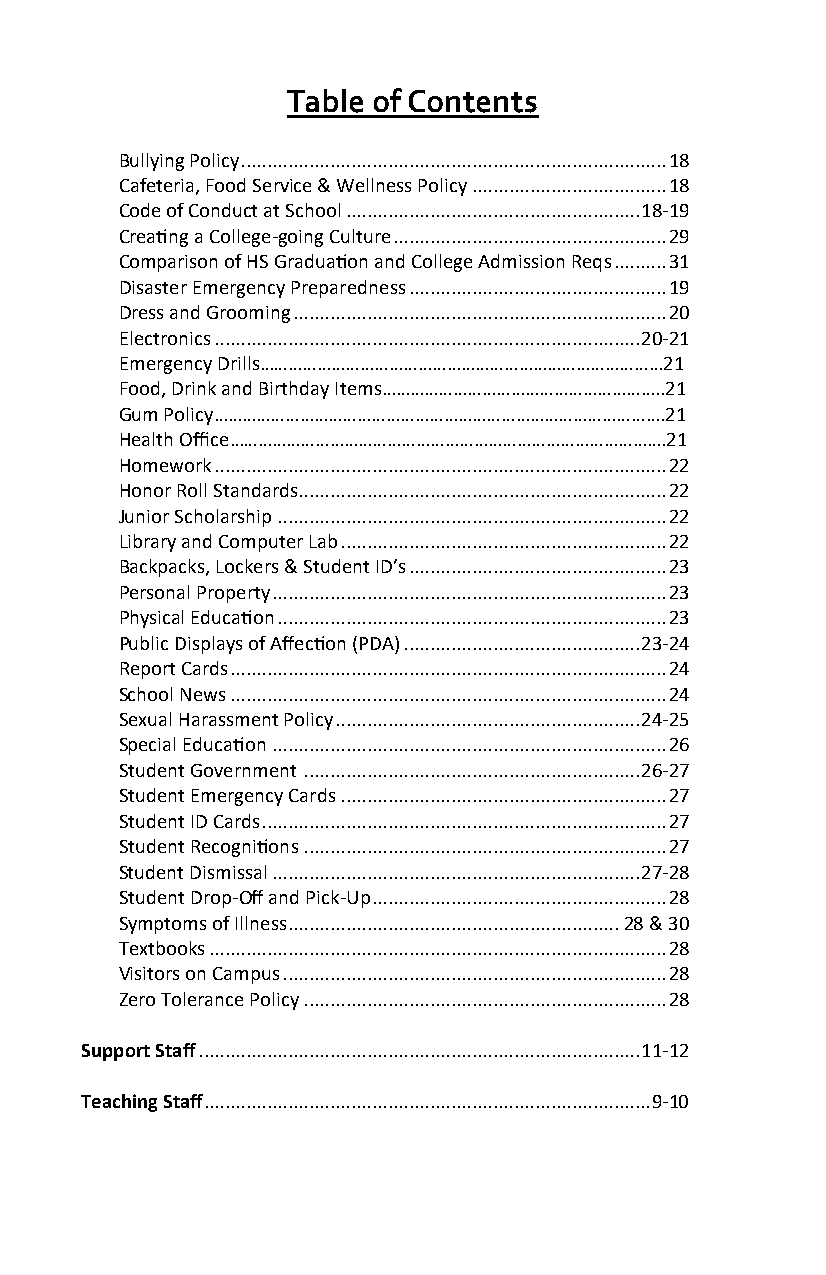
Table of Contents
 Bullying Policy ................................................................................. 18
 Cafeteria, Food Service & Wellness Policy ..................................... 18
 Code of Conduct at School ........................................................ 18-19
 Creating a College-going Culture .................................................... 29
 Comparison of HS Graduation and College Admission Reqs .......... 31
 Disaster Emergency Preparedness ................................................. 19
 Dress and Grooming ....................................................................... 20
 Electronics ................................................................................. 20-21
 Emergency Drills…………………………………………………………………………21
 Food, Drink and Birthday Items…………………………………………………..21
 Gum Policy………………………………………………………………………………….21
 Health Office……………………………………………………………………………….21
 Homework ...................................................................................... 22
 Honor Roll Standards...................................................................... 22
 Junior Scholarship .......................................................................... 22
 Library and Computer Lab .............................................................. 22
 Backpacks, Lockers & Student ID’s ................................................. 23
 Personal Property ........................................................................... 23
 Physical Education .......................................................................... 23
 Public Displays of Affection (PDA) ............................................. 23-24
 Report Cards ................................................................................... 24
 School News ................................................................................... 24
 Sexual Harassment Policy .......................................................... 24-25
 Special Education ........................................................................... 26
 Student Government ................................................................ 26-27
 Student Emergency Cards .............................................................. 27
 Student ID Cards ............................................................................. 27
 Student Recognitions ..................................................................... 27
 Student Dismissal ...................................................................... 27-28
 Student Drop-Off and Pick-Up ........................................................ 28
 Symptoms of Illness ............................................................... 28 & 30
 Textbooks ....................................................................................... 28
 Visitors on Campus ......................................................................... 28
 Zero Tolerance Policy ..................................................................... 28
 Support Staff .................................................................................... 11-12
 Teaching Staff ..................................................................................... 9-10